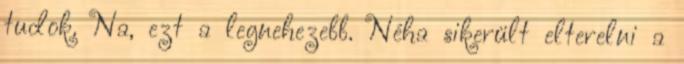
tudok. Na, ezt a legnehezebb. Néha sikerült elterelni a